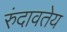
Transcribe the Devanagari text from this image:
रुंदावतेय